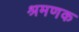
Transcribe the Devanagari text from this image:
श्रमणक